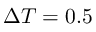
\Delta T = 0 . 5 \